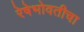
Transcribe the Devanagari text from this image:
रेषेभोवतीचा